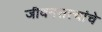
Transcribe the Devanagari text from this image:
जीवनसत्त्वांचे